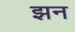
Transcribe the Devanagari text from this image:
झन